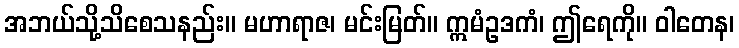
အဘယ်သို့သိစေသနည်း။ မဟာရာဇ၊ မင်းမြတ်။ ဣမံဥဒကံ၊ ဤရေကို။ ဝါတေန၊